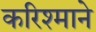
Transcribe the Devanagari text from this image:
करिश्माने